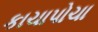
કાચાપોચા